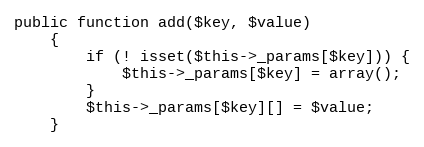
Language: PHP
public function add($key, $value)
    {
        if (! isset($this->_params[$key])) {
            $this->_params[$key] = array();
        }
        $this->_params[$key][] = $value;
    }